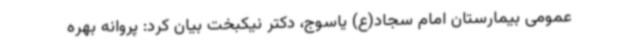
عمومی بیمارستان امام سجاد(ع) یاسوج، دکتر نیکبخت بیان کرد: پروانه بهره